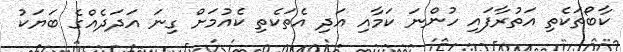
ކާބޯތަކެތި އަތުރާފައި ހުންނަ ކަމާއި އަދި އެތަކެތި ކެއުމަށް ގިނަ އަދަދެއްގެ ބަޔަކު